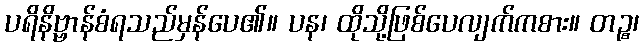
ပရိနိဗ္ဗာန်စံရသည်မှန်ပေ၏။ ပန၊ ထိုသို့ဖြစ်ပေလျက်ကစား။ တဉ္စ၊